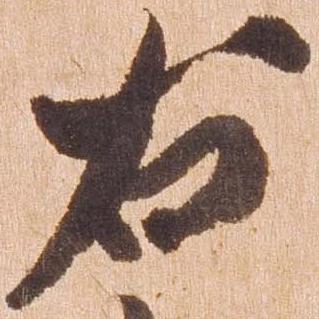
右